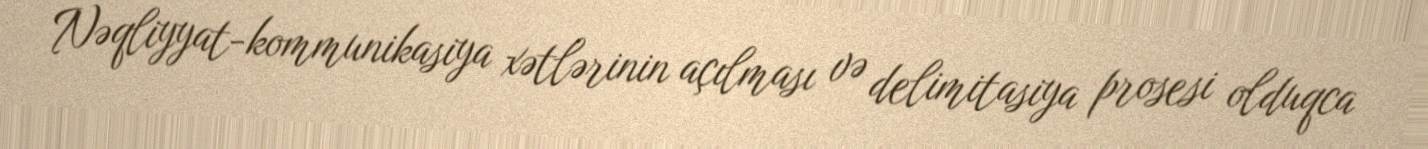
Nəqliyyat-kommunikasiya xətlərinin açılması və delimitasiya prosesi olduqca